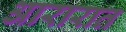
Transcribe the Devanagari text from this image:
आरारात